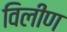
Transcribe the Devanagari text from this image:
विलीण